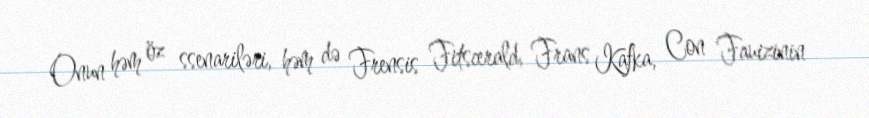
Onun həm öz ssenariləri, həm də Frensis Fitscerald, Frans Kafka, Con Fauizinin